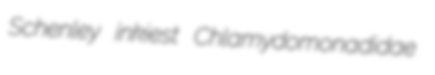
Schenley inkiest Chlamydomonadidae